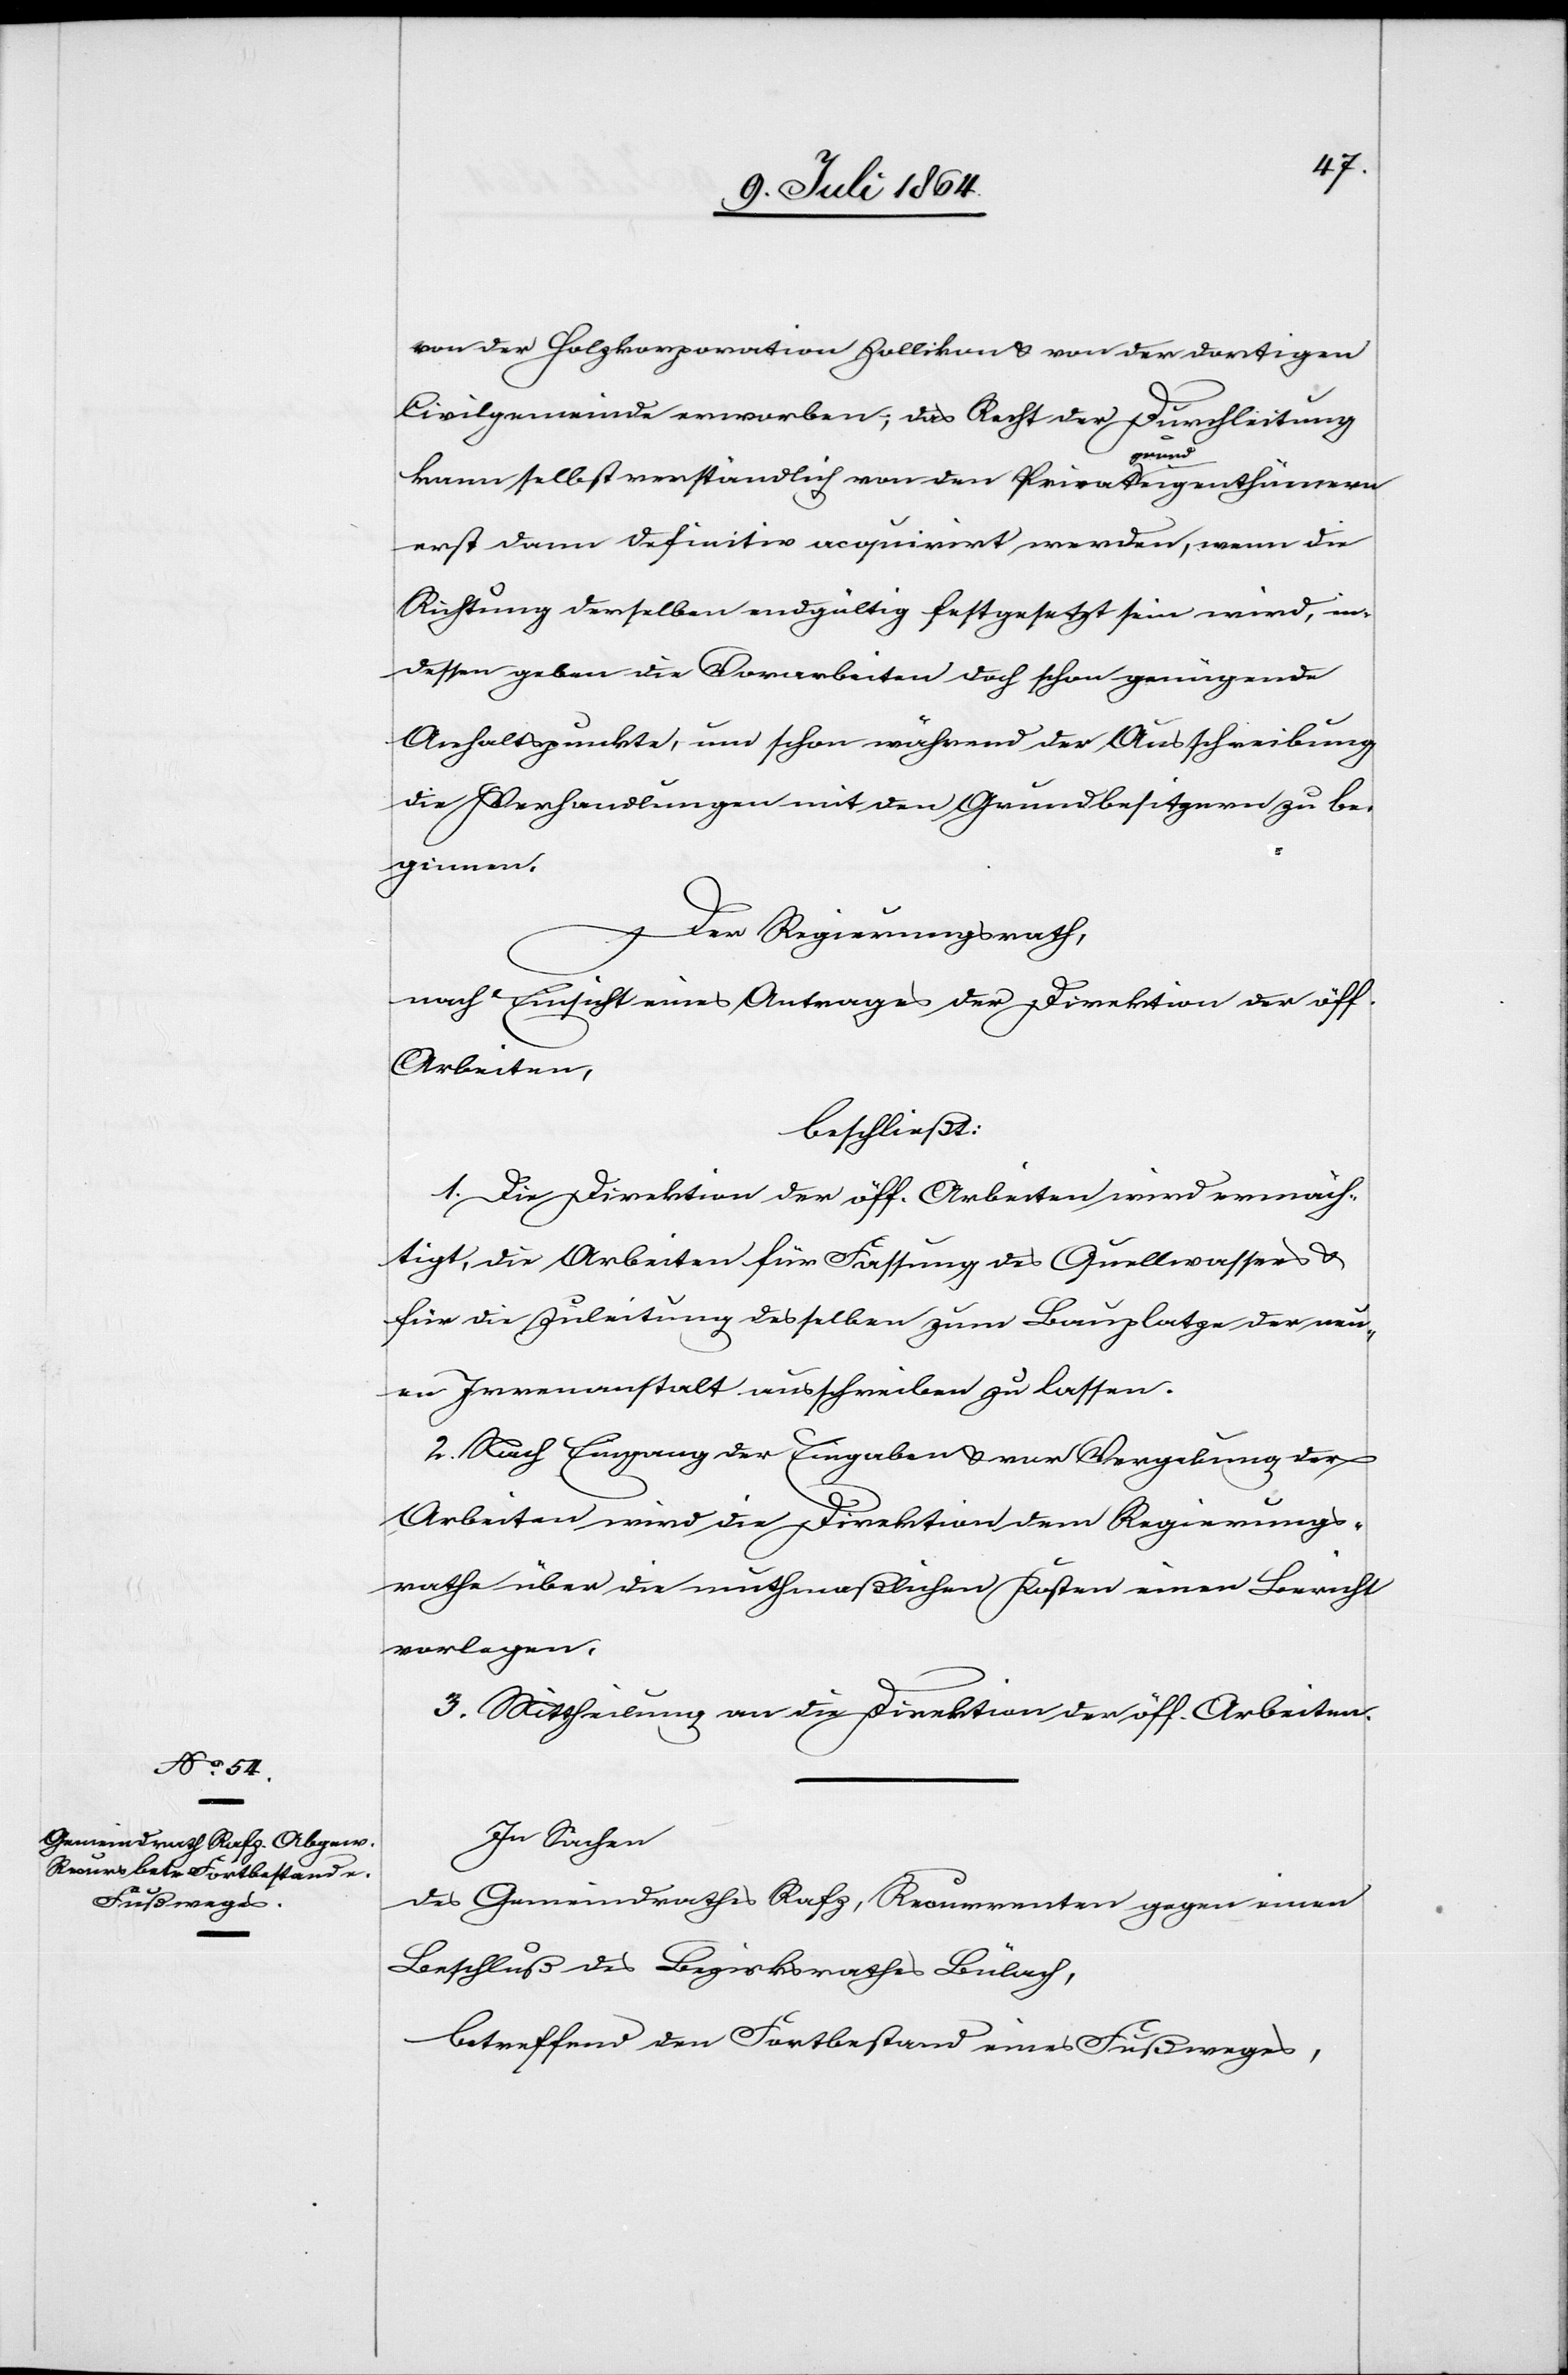
von der Holzkorporation Zollikon u. von der dortigen
Civilgemeinde erworben; das Recht der Durchleitung
kann selbstverständlich von den Privatgrundeigenthümern
erst dann definitiv acquirirt werden, wenn die
Richtung derselben endgültig festgesetzt sein wird, in¬
dessen geben die Vorarbeiten doch schon genügende
Anhaltspunkte, um schon während der Ausschreibung
die Verhandlungen mit den Grundbesitzern zu be¬
ginnen.
Der Regierungsrath,
nach Einsicht eines Antrages der Direktion der öff.
Arbeiten,
beschließt:
1. Die Direktion der öff. Arbeiten wird ermäch¬
tigt, die Arbeiten für Fassung des Quellwassers u.
für die Zuleitung desselben zum Bauplatze der neu¬
en Irrenanstalt ausschreiben zu lassen.
2. Nach Eingang der Eingaben u. vor Vergebung der
Arbeiten wir die Direktion dem Regierungs¬
rathe über die muthmaßlichen Kosten einen Bericht
vorlegen.
3. Mittheilung an die Direktion der öff. Arbeiten.
In Sachen
des Gemeindrathes Rafz, Recurrenten gegen einen
Beschluß des Bezirksrathes Bülach,
betreffend den Fortbestand eines Fußweges,